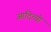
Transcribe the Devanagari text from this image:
आदित्यो